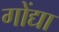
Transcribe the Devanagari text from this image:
गोंद्या